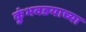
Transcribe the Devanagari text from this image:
कुंभवडयाच्या